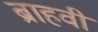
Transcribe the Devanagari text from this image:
ब्राहवी